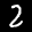
Label: 2